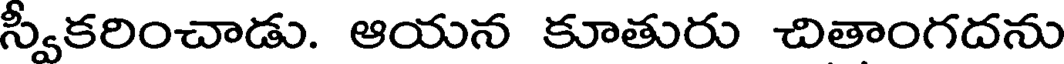
స్వీకరించాడు. ఆయన కూతురు చితాంగదను